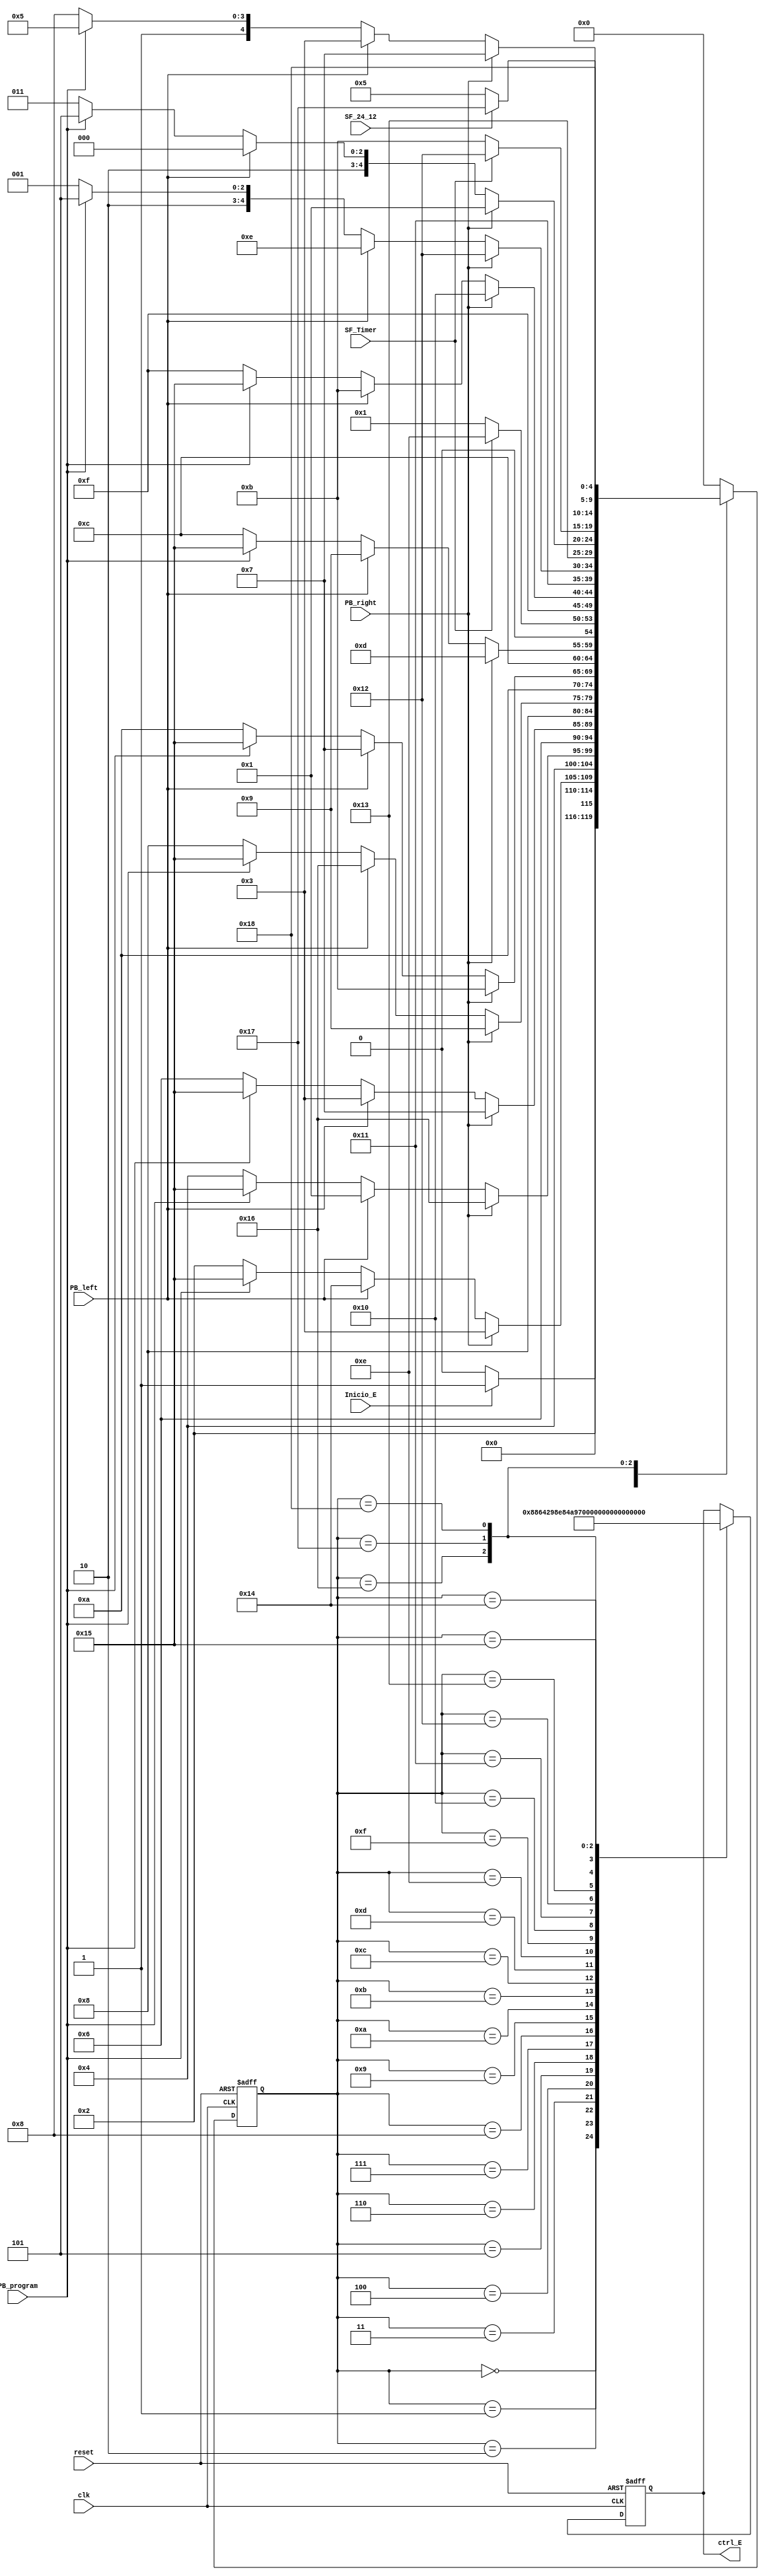
`timescale 1ns / 1ps
//////////////////////////////////////////////////////////////////////////////////
// Company: 
// Engineer: 
// 
// Design Name: 
// Module Name:    FMS_Escribir 
// Project Name: 
// Target Devices: 
// Tool versions: 
// Description: 
//
// Dependencies: 
//
// Revision: 
// Revision 0.01 - File Created
// Additional Comments: 
//
//////////////////////////////////////////////////////////////////////////////////
module FMS_Escribir(
    input wire Inicio_E,PB_left,PB_right,PB_program,SF_Timer,SF_24_12,clk, reset,
	 output wire [4:0] ctrl_E
	 );
	 
	 reg [4:0] control_A,control_N;
	 reg [4:0] Est_Actual,Est_Sig;
	 localparam [4:0] a=5'b00000,b=5'b00001,c=5'b00010,d=5'b00011,e=5'b00100,f=5'b00101,g=5'b00110,h=5'b00111,i=5'b01000,j=5'b01001,k=5'b01010,l=5'b01011,m=5'b01100,n=5'b01101,o=5'b01110,p=5'b01111,q=5'b10000,r=5'b10001,s=5'b10010,t=5'b10011,u=5'b10100,v=5'b10101,w=5'b10110,x=5'b10111,y=5'b11000;
	 
always @ (posedge clk, posedge reset)
	begin 
		if (reset)
			begin
			Est_Actual=6'b0;
			control_A=6'b0;
			end
		else
			begin
			Est_Actual=Est_Sig;
			control_A=control_N;
			end
	end 

always @* 
	begin
	Est_Sig=Est_Actual;
	control_N=control_A;
	case(Est_Actual)
			a:
			begin
			   control_N=5'b00000;
				if (Inicio_E)
					begin
					Est_Sig=b;
					end
				else
					begin
					Est_Sig=a;
					end 
			end 
			
			b:
			begin
			   control_N=5'b00001;
				Est_Sig=c;
			end 
			
			c://escribe segundos
			begin 
				control_N=5'b00010;
				if (PB_right)
					begin
					Est_Sig=d;
					end
				else if (PB_left)
					begin
					Est_Sig=u;
					end
				else if (PB_program)
					begin
					Est_Sig=v;
					end
				else
					begin
					Est_Sig=c;
					end
			end
			
			d:
			begin
			   control_N=5'b00011;
				Est_Sig=e;
			end 
			
			e://escribe minutos
			begin 
				control_N=5'b00100;
				if (PB_right)
					begin
					Est_Sig=w;
					end
				else if (PB_left)
					begin
					Est_Sig=b;
					end
				else if (PB_program)
					begin
					Est_Sig=v;
					end
				else
					begin
					Est_Sig=e;
					end
			end
			
			f:
			begin 
				control_N=5'b00101;
				Est_Sig=g;
			end
					
			g://escribe horas
			begin 
				control_N=5'b00110;
				if (PB_right)
					begin
					Est_Sig=h;
					end
				else if (PB_left)
					begin
					Est_Sig=d;
					end
				else if (PB_program)
					begin
					Est_Sig=v;
					end
				else
					begin
					Est_Sig=g;
					end
			end
			
			h:
			begin 
				control_N=5'b00111;
				Est_Sig=i;
			end
					
			i://escribe dia
			begin 
				control_N=5'b01000;
				if (PB_right)
					begin
					Est_Sig=j;
					end
				else if (PB_left)
					begin
					Est_Sig=w;
					end
				else if (PB_program)
					begin
					Est_Sig=v;
					end
				else
					begin
					Est_Sig=i;
					end
			end
			
			j:
			begin 
				control_N=5'b01001;
				Est_Sig=k;
			end
					
			k://escribe mes
			begin 
				control_N=5'b01010;
				if (PB_right)
					begin
					Est_Sig=l;
					end
				else if (PB_left)
					begin
					Est_Sig=h;
					end
				else if (PB_program)
					begin
					Est_Sig=v;
					end
				else
					begin
					Est_Sig=k;
					end
			end
			
			l:
			begin 
				control_N=5'b01011;
				Est_Sig=m;
			end
					
			m://escribe ao
			begin 
				control_N=5'b01100;
				if (PB_right)
					begin
					Est_Sig=n;
					end
				else if (PB_left)
					begin
					Est_Sig=j;
					end
				else if (PB_program)
					begin
					Est_Sig=v;
					end
				else
					begin
					Est_Sig=m;
					end
			end
			
			n:
			begin 
				control_N=5'b01101;
				if (SF_Timer)
					begin
					Est_Sig=o;
					end
				else
					begin
					Est_Sig=b;
					end
			end
					
			o:
			begin 
				control_N=5'b01110;
				Est_Sig=p;
			end
					
			p://escribe seg timer
			begin 
				control_N=5'b01111;
				if (PB_right)
					begin
					Est_Sig=q;
					end
				else if (PB_left)
					begin
					Est_Sig=l;
					end
				else if (PB_program)
					begin
					Est_Sig=v;
					end
				else
					begin
					Est_Sig=p;
					end
			end
			
			q:
			begin 
				control_N=5'b10000;
				Est_Sig=r;
			end
					
			r://escribe min timer
			begin 
				control_N=5'b10001;
				if (PB_right)
					begin
					Est_Sig=s;
					end
				else if (PB_left)
					begin
					Est_Sig=o;
					end
				else if (PB_program)
					begin
					Est_Sig=v;
					end
				else
					begin
					Est_Sig=r;
					end
			end
					
			s:
			begin 
				control_N=5'b10010;
				Est_Sig=t;
			end
					
			t://escribe hora timer
			begin 
				control_N=5'b10011;
				if (PB_right)
					begin
					Est_Sig=b;
					end
				else if (PB_left)
					begin
					Est_Sig=q;
					end
				else if (PB_program)
					begin
					Est_Sig=v;
					end
				else
					begin
					Est_Sig=t;
					end
			end
			
			u:
			begin 
				control_N=5'b10100;
				if (SF_Timer)
					begin
					Est_Sig=s;
					end
				else
					begin
					Est_Sig=l;
					end
			end
			
			v:
			begin
				control_N=5'b10101;
				Est_Sig=a;
			end
			
			w:
			begin 
				control_N=5'b10110;
				if (SF_24_12)
					begin
					Est_Sig=x;
					end
				else
					begin
					Est_Sig=f;
					end
			end
					
			x:
			begin 
				control_N=5'b10111;
				Est_Sig=y;
			end
					
			y://escribe hora formato 12
			begin 
				control_N=5'b11000;
				if (PB_right)
					begin
					Est_Sig=h;
					end
				else if (PB_left)
					begin
					Est_Sig=d;
					end
				else if (PB_program)
					begin
					Est_Sig=v;
					end
				else
					begin
					Est_Sig=y;
					end
			end
			
			default:Est_Sig=a;
			endcase
		
		end
				
assign ctrl_E = control_A;

endmodule